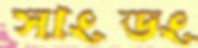
সাংডং